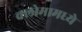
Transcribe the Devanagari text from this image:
क्लोमामध्ये